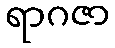
ရာဂဇာ